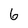
Character: 6